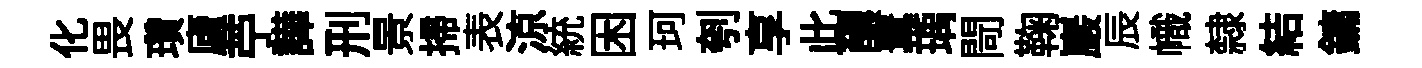
化畏瓚廬苧譁刑景掃表涼統困珂刳享此醲羃瑀閜鞠巖辰幟隸結鏞